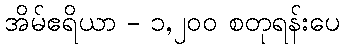
အိမ်ဧရိယာ - ၁,၂၀၀ စတုရန်းပေ